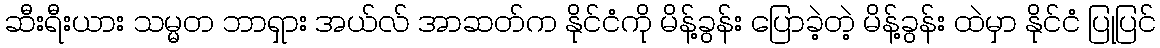
ဆီးရီးယား သမ္မတ ဘာရှား အယ်လ် အာဆတ်က နိုင်ငံကို မိန့်ခွန်း ပြောခဲ့တဲ့ မိန့်ခွန်း ထဲမှာ နိုင်ငံ ပြုပြင်